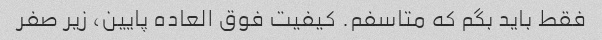
فقط باید بگم که متاسفم. کیفیت فوق العاده پایین، زیر صفر